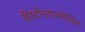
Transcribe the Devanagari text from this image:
हिस्टोप्लाज्मोसिस